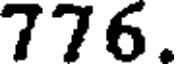
776.